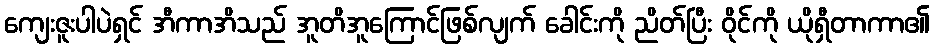
ကျေးဇူးပါပဲရှင် အီကာအိသည် အူတိအူကြောင်ဖြစ်လျက် ခေါင်းကို ညိတ်ပြီး ဝိုင်ကို ယိုရှီတာကာ၏